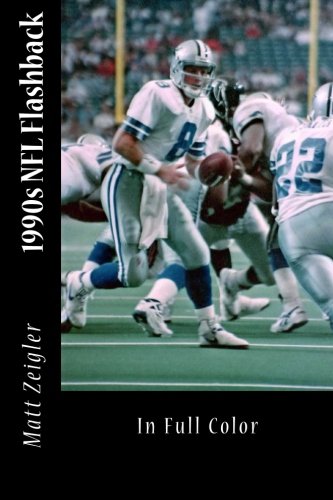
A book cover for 1990s NFL Flashback; Matt Zeigler; Teen & Young Adult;